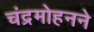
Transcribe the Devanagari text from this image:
चंद्रमोहनने